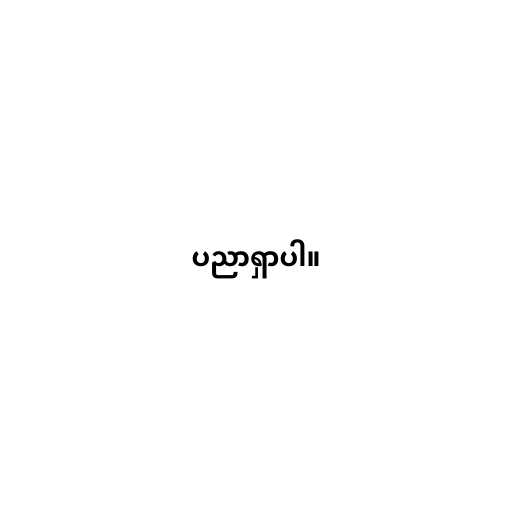
ပညာရှာပါ။